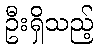
ဦးရှိသည့်